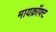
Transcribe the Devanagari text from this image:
मायक्राॅफ्ट